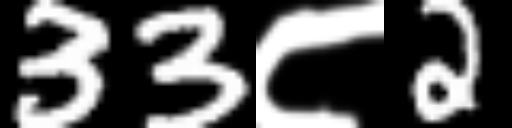
Text: 33८2